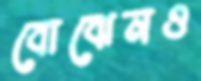
বোঝেনও